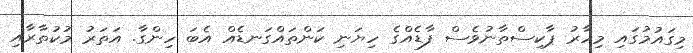
މިގައުމުގައި މިހާރު ޕާކިސްތާނުވެސް ފާޑެއްގެ ހިޔަނި ކަންތައްގަނޑެއް އެބަ ހިންގާ. އަތަރު މުކުތާރާއި